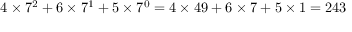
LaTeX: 4 \times 7 ^ { 2 } + 6 \times 7 ^ { 1 } + 5 \times 7 ^ { 0 } = 4 \times 4 9 + 6 \times 7 + 5 \times 1 = 2 4 3